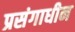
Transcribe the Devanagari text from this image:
प्रसंगाधीन